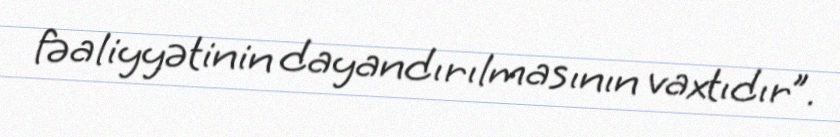
fəaliyyətinin dayandırılmasının vaxtıdır”.